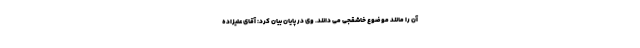
آن را مانند موضوع خاشقجی می دانند. وی در پایان بیان کرد: آقای علیزاده